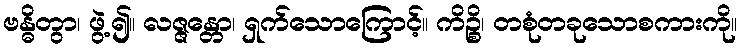
ဗန္ဓိတွာ၊ ဖွဲ့၍။ လဇ္ဇန္တော၊ ရှက်သောကြောင့်။ ကိဉ္စိ၊ တစုံတခုသောစကားကို။